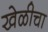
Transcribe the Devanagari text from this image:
खेळीचा